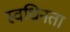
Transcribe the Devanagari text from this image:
स्वधिनता